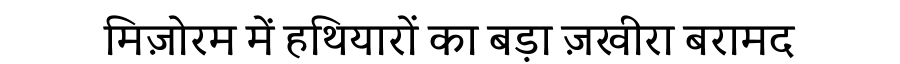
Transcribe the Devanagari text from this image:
मिज़ोरम में हथियारों का बड़ा ज़खीरा बरामद